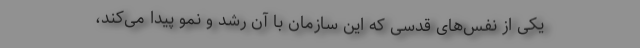
یکی از نَفَس‌های قُدسی که این سازمان با آن رشد و نمو پیدا می‌کند،